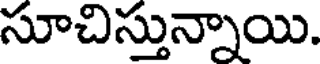
సూచిస్తున్నాయి.